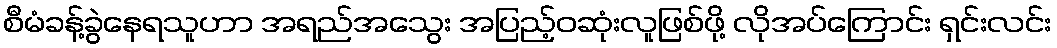
စီမံခန့်ခွဲနေရသူဟာ အရည်အသွေး အပြည့်ဝဆုံးလူဖြစ်ဖို့ လိုအပ်ကြောင်း ရှင်းလင်း